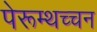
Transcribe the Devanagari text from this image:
पेरूम्थच्चन